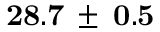
\mathbf { 2 8 . 7 \: \pm { \: 0 . 5 } }